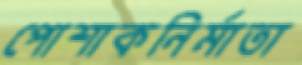
পোশাকনির্মাতা